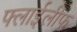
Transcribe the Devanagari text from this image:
फ्लाईलीफ